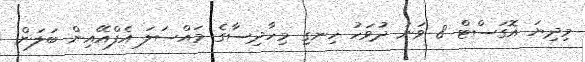
މިދިޔަ އޮގަސްޓް 8 ވަނަ ދުވަހު ހިނގި މިހާދިސާގެ މައްސަލަ އެފްއޭއިން ބަލަން